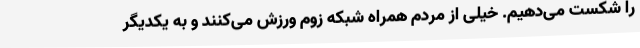
را شکست می‌دهیم. خیلی از مردم همراه شبکه زوم ورزش می‌کنند و به یکدیگر